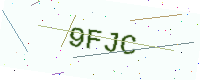
Text: 9FJC